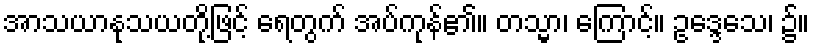
အာသယာနုသယတို့ဖြင့် ရေတွက် အပ်ကုန်၏။ တသ္မာ၊ ကြောင့်။ ဥဒ္ဒေသေ၊ ၌။